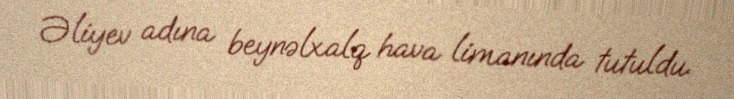
Əliyev adına beynəlxalq hava limanında tutuldu.